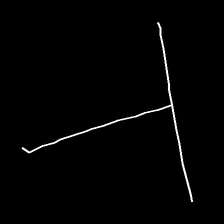
Glyph: column